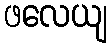
ဖလေယျ